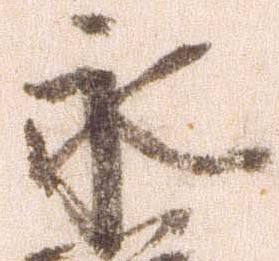
永